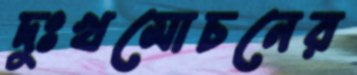
দুঃখমোচনের